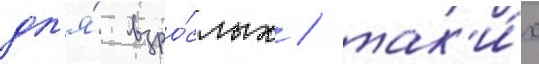
дл'я́ взро́слых / так'и́х